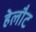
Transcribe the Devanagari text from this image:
हेलौट